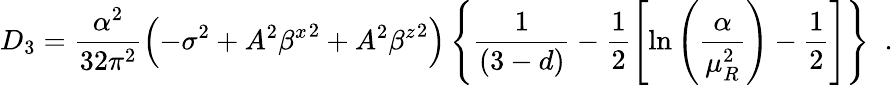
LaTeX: D_{3}=\frac{\alpha^{2}}{32\pi^{2}}\left(-\sigma^{2}+A^{2}{\beta^{x}}^{2}+A^{2}{\beta^{z}}^{2}\right)\left\{ \frac{1}{(3-d)}-\frac{1}{2}\left[\ln\left(\frac{\alpha}{\mu_{R}^{2}}\right)-\frac{1}{2}\right]\right\} \; \; .